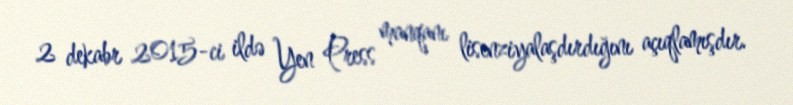
2 dekabr 2015-ci ildə Yen Press manqanı lisenziyalaşdırdığını açıqlamışdır.